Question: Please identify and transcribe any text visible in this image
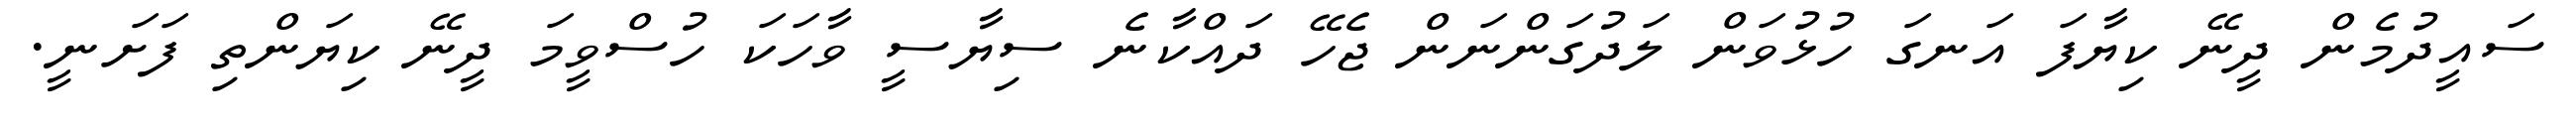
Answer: ސައީދުމެން ދީނޭ ކިޔާފަ އަނގަ ހުޅުވަން ލަދުގަންނަން ޖެހޭ ދައްކާނެ ސިޔާސީ ވާހަކަ ހުސްވީމަ ދީނޭ ކިޔަންތި ފަށަނީ.